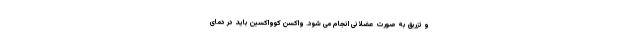
و تزریق به صورت عضلانی انجام می شود. واکسن کوواکسین باید در دمای